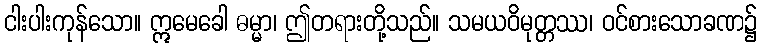
ငါးပါးကုန်သော။ ဣမေခေါ ဓမ္မာ၊ ဤတရားတို့သည်။ သမယဝိမုတ္တဿ၊ ဝင်စားသောခဏ၌